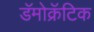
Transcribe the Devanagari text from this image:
डॅमोक्रॅटिक